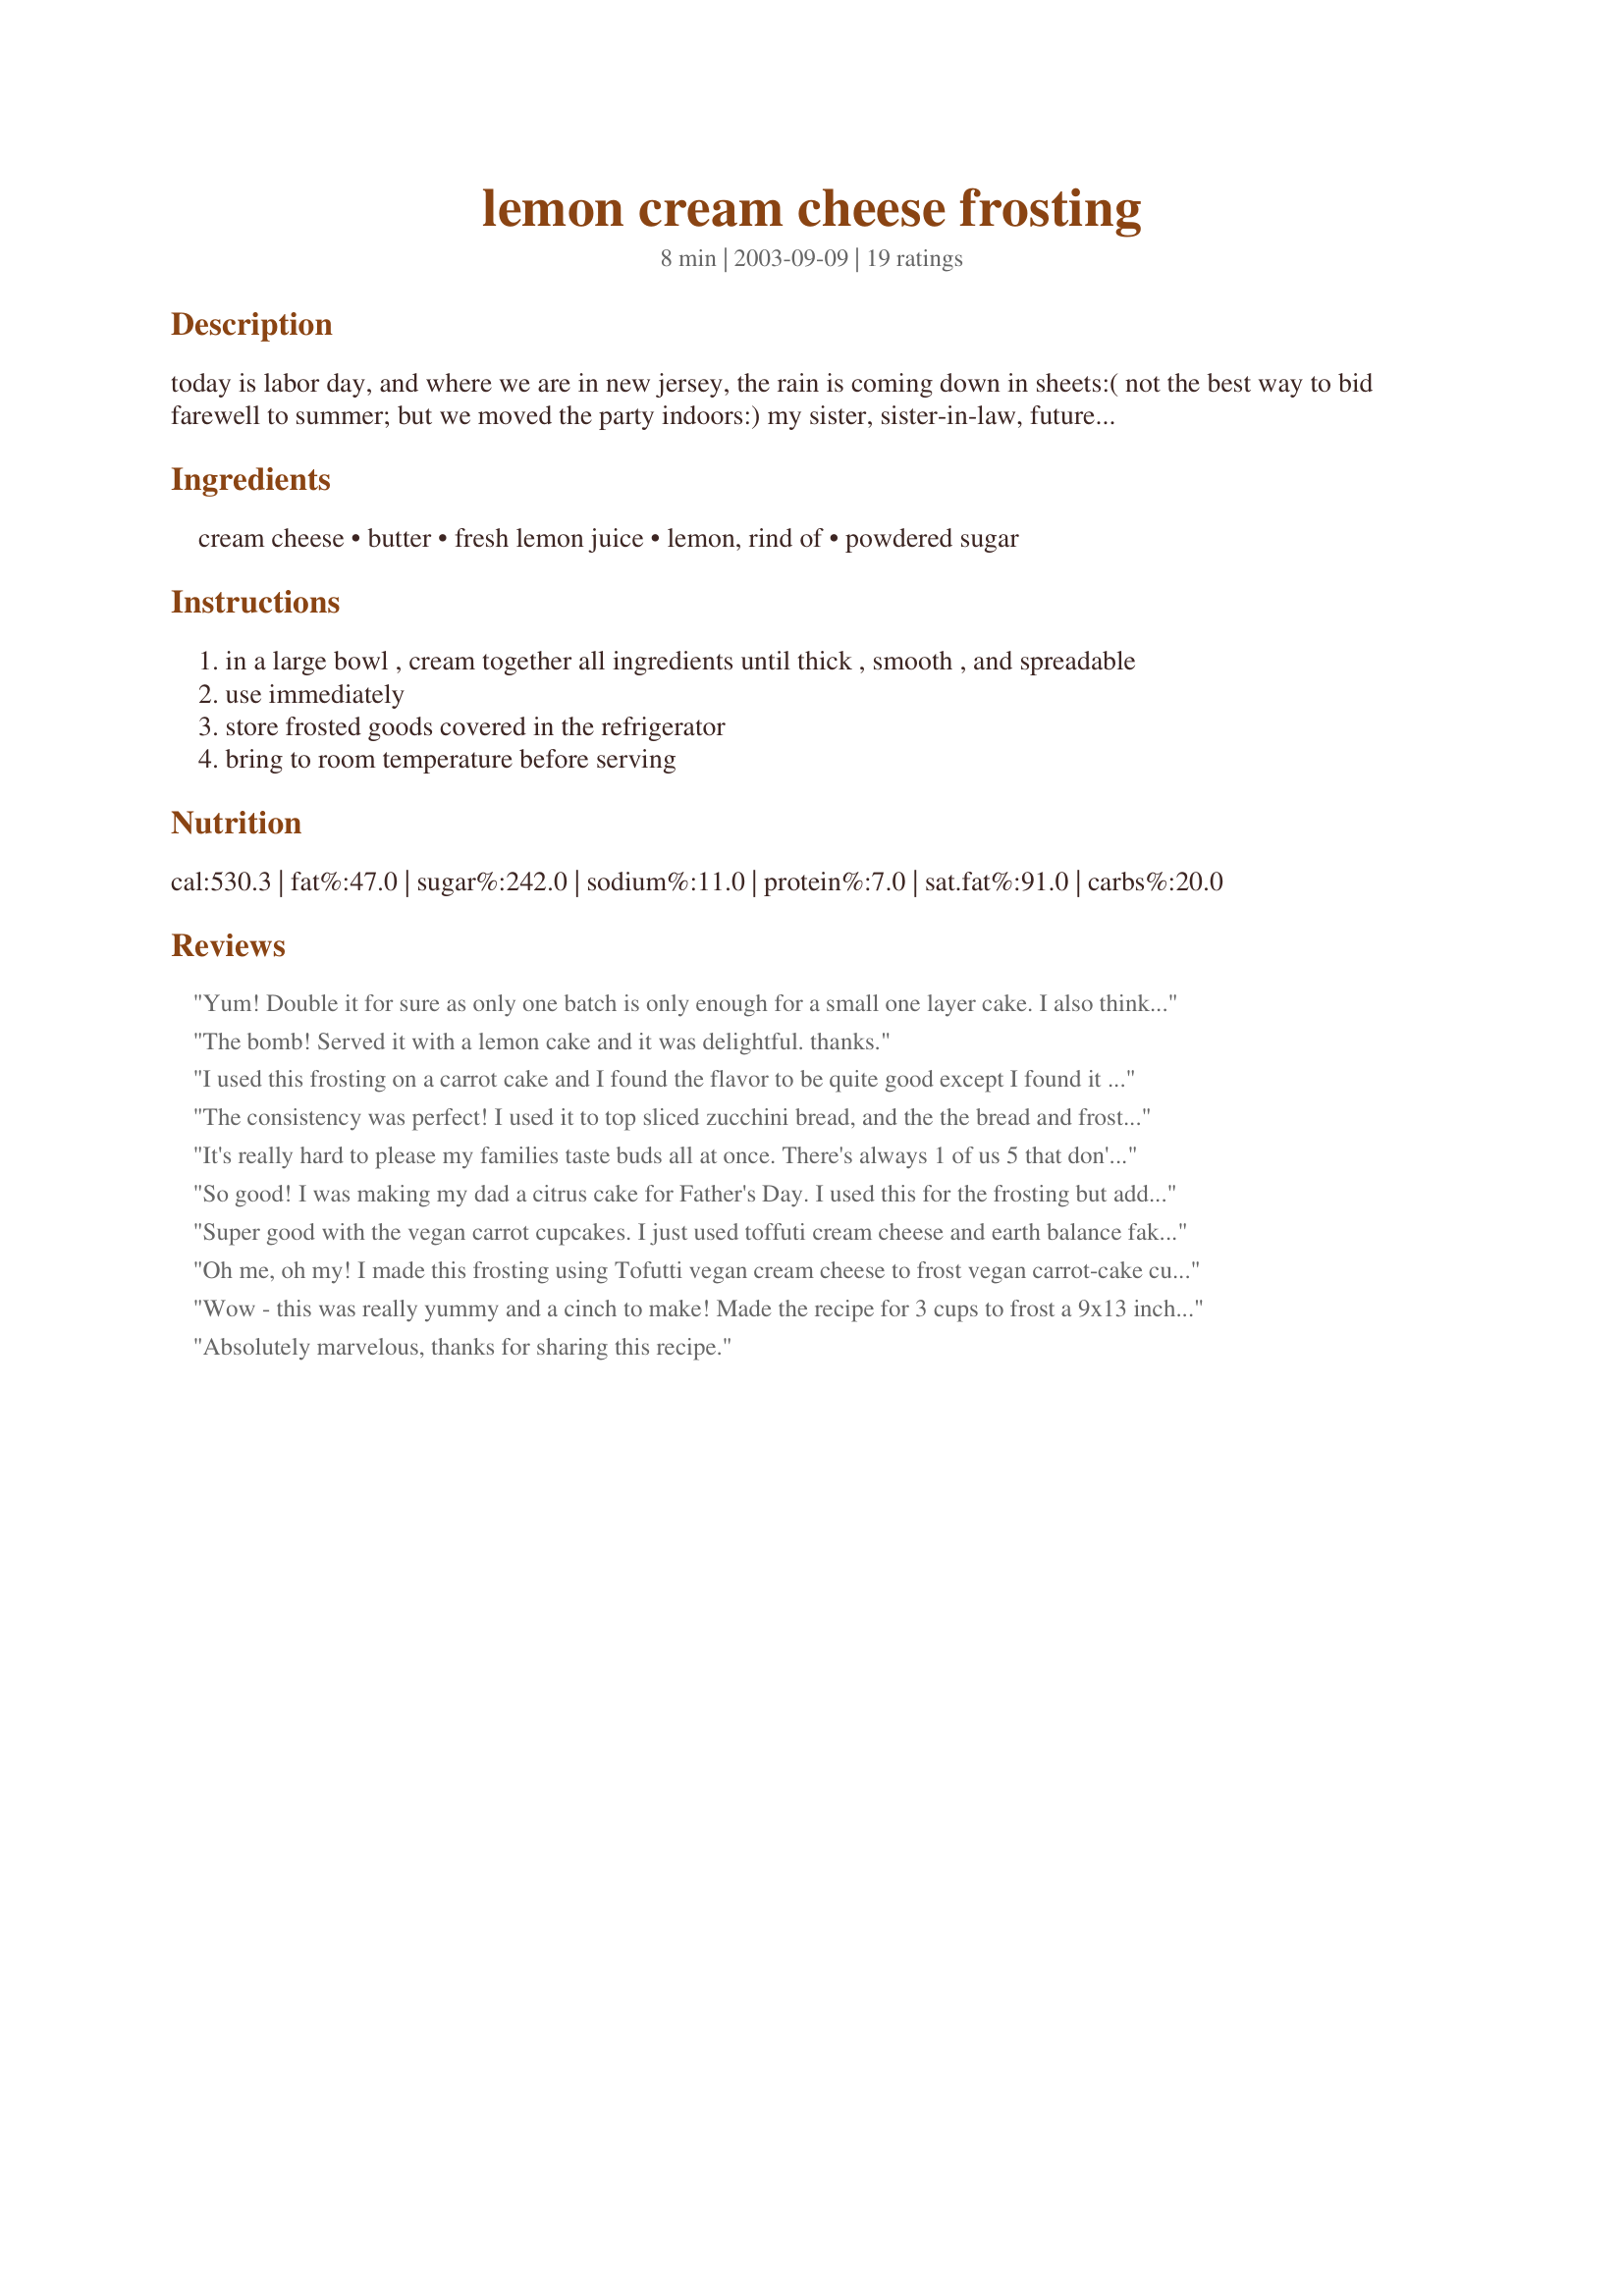
lemon cream cheese frosting
Preparation time: 8 minutes

today is labor day, and where we are in new jersey, the rain is coming down in sheets:( not the best way to bid farewell to summer; but we moved the party indoors:) my sister, sister-in-law, future sister-in-law, and mother are all gathered around the computer, posting lots of recipes, eating (of course!), and enjoying the inevitable "girl talk." all of our men are out on a "food run," and the kids are napping (yay!). but anyway, my sister came over with lemon cupcakes frosted with this sensational frosting (she had to wrap the platter in foil so her husband couldn't grab any away without her knowing!); and the girls are doing quite a job on them now! and don't worry, we've seized control and hid the cupcakes from the men:)!

Ingredients:
cream cheese, butter, fresh lemon juice, lemon, rind of, powdered sugar

Steps:
in a large bowl , cream together all ingredients until thick , smooth , and spreadable
use immediately
store frosted goods covered in the refrigerator
bring to room temperature before serving

Reviews:
Yum! Double it for sure as only one batch is only enough for a small one layer cake. I also think if you can zest/shave your lemon peel more finely it will look better. I used a chunky grater and you could see the lemon peel in the frosting. It wasn&#039;t ugly but might be prettier if the peel was more fine.
The bomb!
Served it with a lemon cake and it was delightful. thanks.
I used this frosting on a carrot cake and I found the flavor to be quite good except I found it to be a bit runny;perhaps more icing sugar is needed.
The consistency was perfect! I used it to top sliced zucchini bread, and the the bread and frosting paired together very nicely. I omitted the grated lemon rind, but the lemon juice itself was sufficient to give the frosting a subtle lemony flavor.
It's really hard to please my families taste buds all at once. There's always 1 of us 5 that don't really like something. So I'm the guilty one when it comes to frosting. I don't like it at all. Everyone knows so they all crowd around me just waiting for my piece to be scraped of frosting and added to theirs. So after mixing the ingredients, I tested it in curiosity. OMG it was AMAZING! I actually ENJOYED IT so much that I couldn't stop liking my fingers while toping it on Extreme Lemon Bundt Cake! Thank goodness nobody was around because I must have looked silly licking that bowl. I knew I wasn't going to scrape my piece this time so I ended up making another quick batch and doubled the frosting for everyone. Including ME!! Since then I made it on 3 different cakes recipes. It's not only my favorite icing, It's the only icing I will eat. Thank you for sharing this Terrific Refreshingly Yummy & EXTREMELY ADDICTING icing!
So good! I was making my dad a citrus cake for Father's Day. I used this for the frosting but added some orange zest and orange juice. It was super tasty and just the right combo of cream cheese and citrus tanginess!
Super good with the vegan carrot cupcakes. I just used toffuti cream cheese and earth balance fake butter. I'm not even a vegan but these were irresistable!
Oh me, oh my! I made this frosting using Tofutti vegan cream cheese to frost vegan carrot-cake cupcakes with, and both were a hit with vegans and non-vegans alike. The balance of sweet, tangy, and creamy is just right, and the frosting is neither too thick nor too loose. In fact, this frosting is so good that I made more cupcakes just to use up the extra! Thanks JamesDean'sGirl, for providing me with my new default cream-cheese frosting!
Wow - this was really yummy and a cinch to make! Made the recipe for 3 cups to frost a 9x13 inch pan of lemon brownies. I'd probably add more lemon zest next time around and double the recipe to 4 cups if I were to do another 9x13.
Absolutely marvelous, thanks for sharing this recipe.
Excellent. Used it on a pumpkin spice cake. Consistency was great... I'll be using this one again!
Wow, this frosting is absolutely FANTASTIC!
Double it! too good! Freezes well.
The taste was great! I did need to add nearly triple the powdered sugar to get it to a spreadbale consistency (before that it was just runny and goopy...)
This frosting was dreamy and good, and easy to make. Not too lemony, and easy to spread. (It turned out that I wanted a much zingier lemon taste, so I ended up adding a ton more lemon juice and powdered sugar. I also think my overmixing liquefied the cream cheese. My sister pointed out that I now had more of a glaze than a frosting. I got the flavor I was after, but the original recipe's consistency was much better.) So, I do highly recommend this for a nice, easy lemon frosting.
I tried it and it was WONDERFUL!! I frosted a homemade yellow cake with it. It was very good. I added about another teaspoon of fresh squeezed lemon. Other than that it was perfect. Very easy, which I love. I had one friend that thought I bought this frosting from a store. What a compliment!! Thanks for posting.
This frosting is so good - I used it on the Fresh Lemon Chiffon Cake recipe #222983. It was so perfect for this cake. A good cream cheese frosting with a lemon twist. A real keeper in my recipe box.
I had absolutely no problems with the consistency of this recipe and made it as written. I pulled the cream cheese straight from the refrigerator, so maybe that helped? I also sub'd lemon extract for the rind, as I was out. I made Recipe #146643 then filled and frosted it with a double batch of this recipe. NO LEFTOVERS and rave reviews all around! :) Thanks, JD'sGirl!
Wonderful lemon frosting, with just the right tang from the cream cheese. I used this as a topping on a bundt cake, so I thinned it out a little with additional lemon juice. But the recipe as written has the perfect consistency for frosting cakes or cookies. I would probably double the recipe for frosting a 13 x 9 inch cake.
